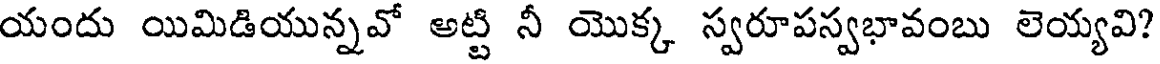
యందు యిమిడియున్నవో అట్టి నీ యొక్క స్వరూపస్వభావంబు లెయ్యవి?